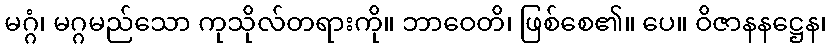
မဂ္ဂံ၊ မဂ္ဂမည်သော ကုသိုလ်တရားကို။ ဘာဝေတိ၊ ဖြစ်စေ၏။ ပေ။ ဝိဇာနနဋ္ဌေန၊